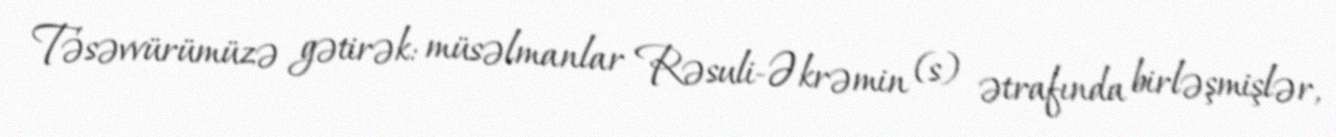
Təsəvvürümüzə gətirək: müsəlmanlar Rəsuli-Əkrəmin (s) ətrafında birləşmişlər,